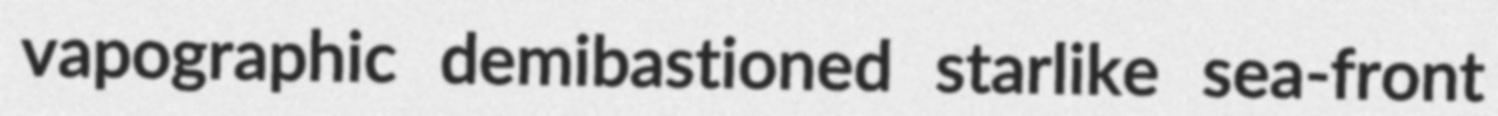
vapographic demibastioned starlike sea-front